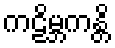
ကဠိမ္ဘကန္တိ